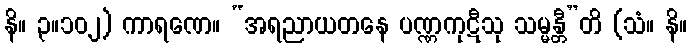
နိ။ ၃။၁၀၂) ကာရဏေ။ “အရညာယတနေ ပဏ္ဏကုဋီသု သမ္မန္တီ”တိ (သံ။ နိ။